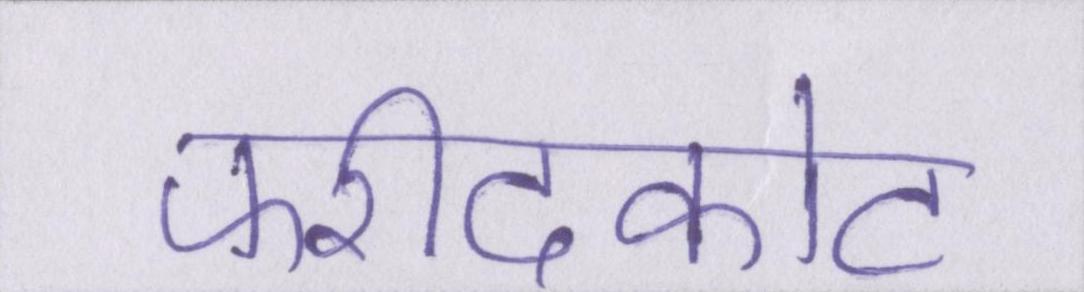
फरीदकोट